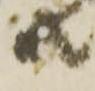
共